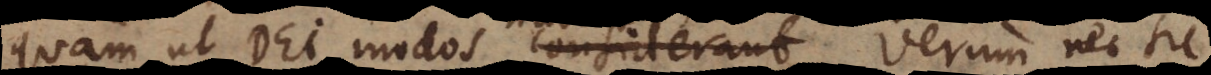
quam ut Dei modos considerant.. Verum nec sic